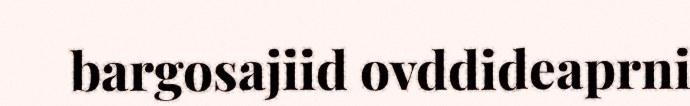
bargosajiid ovddideaprni